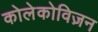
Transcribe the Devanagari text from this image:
कोलेकोविज़न